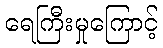
ရေကြီးမှုကြောင့်